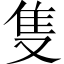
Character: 隻